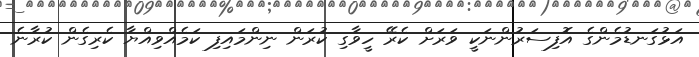
އަޅުގަނޑުމެންގެ އޮފިސަރުންނަކީ ވަރަށް ކެރޭ ހީވާގި ކުރަން ނިންމައިފި ކަމެއްވިއްޔާ ކެރިގެން ކުރާނެ